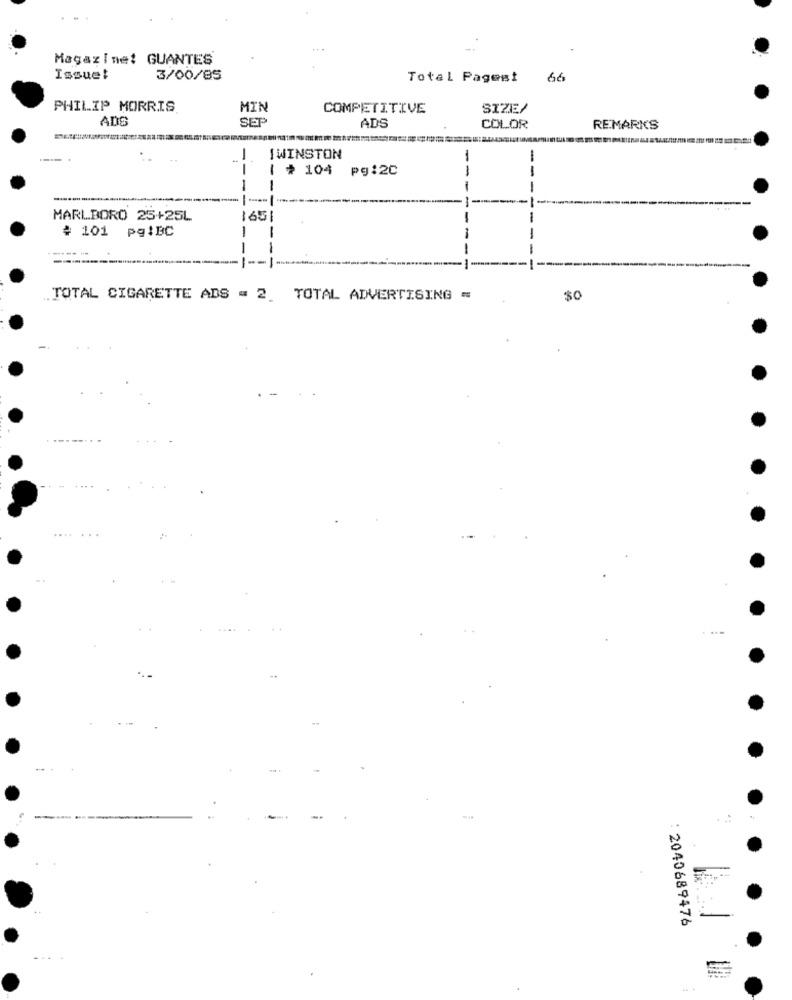
Magazine: GUANTES
Issue!
3/00/85
Total Pages!
66
PHILIP MORRIS
MIN
COMPETITIVE
SIZE/
ADG
SEP
ADS
COLOR
REMARKS
IWINSTON
-
| # 104
pg:2C
---
---
-----
---
MARLBORO 25+25L
-
# 101 pqiBC
-
--
-
1 --
TOTAL CIGARETTE ADS = 2. TOTAL ADVERTISING =
$0
--
------
: 2040689476